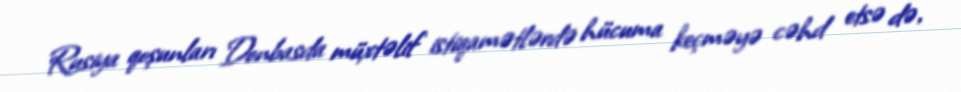
Rusiya qoşunları Donbasda müxtəlif istiqamətlərdə hücuma keçməyə cəhd etsə də,